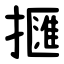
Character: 擓